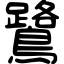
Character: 鷺